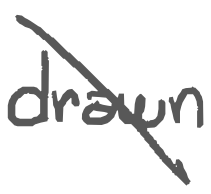
Text: drawn
Cross-out: diagonal
Writing tool: digital_gray